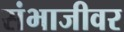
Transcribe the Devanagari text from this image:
संभाजीवर